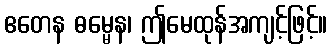
ဧတေန ဓမ္မေန၊ ဤမေထုန်အကျင့်ဖြင့်။